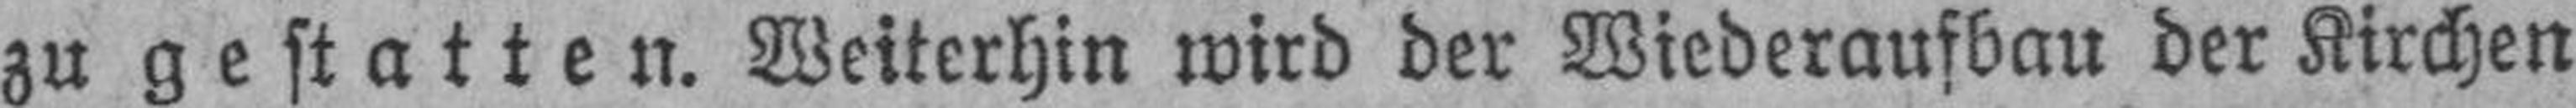
zu gestatten. Weiterhin wird der Wiederaufbau der Kirchen